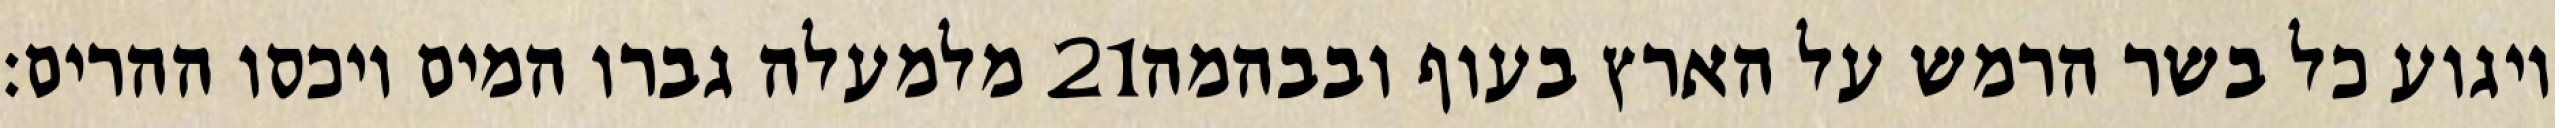
מלמעלה גברו המים ויכסו ההרים׃ ‎21‏ ויגוע כל בשר הרמש על הארץ בעוף ובבהמה